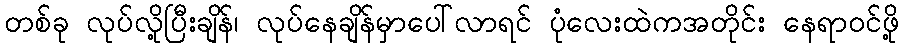
တစ်ခု လုပ်လို့ပြီးချိန်၊ လုပ်နေချိန်မှာပေါ်လာရင် ပုံလေးထဲကအတိုင်း နေရာဝင်ဖို့